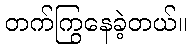
တက်ကြွနေခဲ့တယ်။